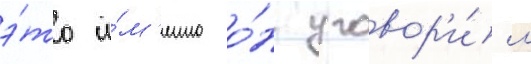
э́то и́м'енно о́н уговор'и́л